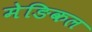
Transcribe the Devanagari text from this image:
मेङिकल